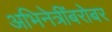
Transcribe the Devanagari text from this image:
अभिनेत्रींबरोबर